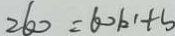
2 6 0 = 6 0 k ^ { \prime } + s